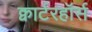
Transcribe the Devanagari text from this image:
क्वार्टरहॉर्स